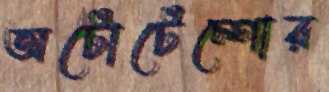
অটোটেম্পোর